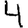
Digit: 4